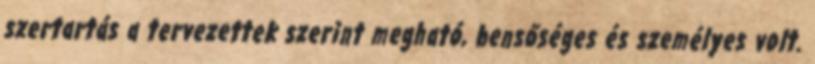
szertartás a tervezettek szerint megható, bensőséges és személyes volt.